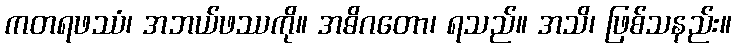
ကတရဖဿံ၊ အဘယ်ဖဿကို။ အဓိဂတော၊ ရသည်။ အသိ၊ ဖြစ်သနည်း။